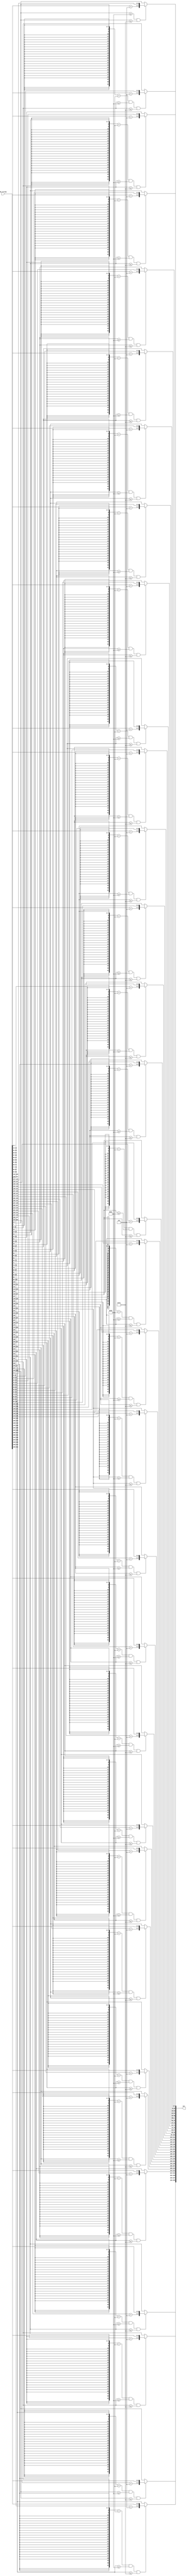
module CapitalizeString(
  input wire [255:0] my_string,
  output wire [255:0] out
);
  wire [7:0] my_string_unflattened[32];
  assign my_string_unflattened[0] = my_string[7:0];
  assign my_string_unflattened[1] = my_string[15:8];
  assign my_string_unflattened[2] = my_string[23:16];
  assign my_string_unflattened[3] = my_string[31:24];
  assign my_string_unflattened[4] = my_string[39:32];
  assign my_string_unflattened[5] = my_string[47:40];
  assign my_string_unflattened[6] = my_string[55:48];
  assign my_string_unflattened[7] = my_string[63:56];
  assign my_string_unflattened[8] = my_string[71:64];
  assign my_string_unflattened[9] = my_string[79:72];
  assign my_string_unflattened[10] = my_string[87:80];
  assign my_string_unflattened[11] = my_string[95:88];
  assign my_string_unflattened[12] = my_string[103:96];
  assign my_string_unflattened[13] = my_string[111:104];
  assign my_string_unflattened[14] = my_string[119:112];
  assign my_string_unflattened[15] = my_string[127:120];
  assign my_string_unflattened[16] = my_string[135:128];
  assign my_string_unflattened[17] = my_string[143:136];
  assign my_string_unflattened[18] = my_string[151:144];
  assign my_string_unflattened[19] = my_string[159:152];
  assign my_string_unflattened[20] = my_string[167:160];
  assign my_string_unflattened[21] = my_string[175:168];
  assign my_string_unflattened[22] = my_string[183:176];
  assign my_string_unflattened[23] = my_string[191:184];
  assign my_string_unflattened[24] = my_string[199:192];
  assign my_string_unflattened[25] = my_string[207:200];
  assign my_string_unflattened[26] = my_string[215:208];
  assign my_string_unflattened[27] = my_string[223:216];
  assign my_string_unflattened[28] = my_string[231:224];
  assign my_string_unflattened[29] = my_string[239:232];
  assign my_string_unflattened[30] = my_string[247:240];
  assign my_string_unflattened[31] = my_string[255:248];
  wire [7:0] array_index_3823;
  wire [7:0] array_index_3824;
  wire [7:0] array_index_3825;
  wire [7:0] array_index_3826;
  wire [7:0] array_index_3827;
  wire [7:0] array_index_3828;
  wire [7:0] array_index_3829;
  wire [7:0] array_index_3830;
  wire [7:0] array_index_3831;
  wire [7:0] array_index_3832;
  wire [7:0] array_index_3833;
  wire [7:0] array_index_3834;
  wire [7:0] array_index_3835;
  wire [7:0] array_index_3836;
  wire [7:0] array_index_3837;
  wire [7:0] array_index_3838;
  wire [7:0] array_index_3839;
  wire [7:0] array_index_3840;
  wire [7:0] array_index_3841;
  wire [7:0] array_index_3842;
  wire [7:0] array_index_3843;
  wire [7:0] array_index_3844;
  wire [7:0] array_index_3845;
  wire [7:0] array_index_3846;
  wire [7:0] array_index_3847;
  wire [7:0] array_index_3848;
  wire [7:0] array_index_3849;
  wire [7:0] array_index_3850;
  wire [7:0] array_index_3851;
  wire [7:0] array_index_3852;
  wire [7:0] array_index_3853;
  wire [7:0] array_index_3854;
  wire [31:0] sign_ext_3855;
  wire [31:0] sign_ext_3861;
  wire [31:0] sign_ext_3867;
  wire [31:0] sign_ext_3873;
  wire [31:0] sign_ext_3879;
  wire [31:0] sign_ext_3885;
  wire [31:0] sign_ext_3891;
  wire [31:0] sign_ext_3897;
  wire [31:0] sign_ext_3903;
  wire [31:0] sign_ext_3909;
  wire [31:0] sign_ext_3915;
  wire [31:0] sign_ext_3921;
  wire [31:0] sign_ext_3927;
  wire [31:0] sign_ext_3933;
  wire [31:0] sign_ext_3939;
  wire [31:0] sign_ext_3945;
  wire [31:0] sign_ext_3951;
  wire [31:0] sign_ext_3957;
  wire [31:0] sign_ext_3963;
  wire [31:0] sign_ext_3969;
  wire [31:0] sign_ext_3975;
  wire [31:0] sign_ext_3981;
  wire [31:0] sign_ext_3987;
  wire [31:0] sign_ext_3993;
  wire [31:0] sign_ext_3999;
  wire [31:0] sign_ext_4005;
  wire [31:0] sign_ext_4011;
  wire [31:0] sign_ext_4017;
  wire [31:0] sign_ext_4023;
  wire [31:0] sign_ext_4029;
  wire [31:0] sign_ext_4035;
  wire [31:0] sign_ext_4041;
  wire [2:0] add_4048;
  wire [2:0] add_4053;
  wire [2:0] add_4058;
  wire [2:0] add_4063;
  wire [2:0] add_4068;
  wire [2:0] add_4073;
  wire [2:0] add_4078;
  wire [2:0] add_4083;
  wire [2:0] add_4088;
  wire [2:0] add_4093;
  wire [2:0] add_4098;
  wire [2:0] add_4103;
  wire [2:0] add_4108;
  wire [2:0] add_4113;
  wire [2:0] add_4118;
  wire [2:0] add_4123;
  wire [2:0] add_4128;
  wire [2:0] add_4133;
  wire [2:0] add_4138;
  wire [2:0] add_4143;
  wire [2:0] add_4148;
  wire [2:0] add_4153;
  wire [2:0] add_4158;
  wire [2:0] add_4163;
  wire [2:0] add_4168;
  wire [2:0] add_4173;
  wire [2:0] add_4178;
  wire [2:0] add_4183;
  wire [2:0] add_4188;
  wire [2:0] add_4193;
  wire [2:0] add_4198;
  wire [2:0] add_4203;
  wire [7:0] array_4301[32];
  assign array_index_3823 = my_string_unflattened[32'h0000_0000];
  assign array_index_3824 = my_string_unflattened[32'h0000_0001];
  assign array_index_3825 = my_string_unflattened[32'h0000_0002];
  assign array_index_3826 = my_string_unflattened[32'h0000_0003];
  assign array_index_3827 = my_string_unflattened[32'h0000_0004];
  assign array_index_3828 = my_string_unflattened[32'h0000_0005];
  assign array_index_3829 = my_string_unflattened[32'h0000_0006];
  assign array_index_3830 = my_string_unflattened[32'h0000_0007];
  assign array_index_3831 = my_string_unflattened[32'h0000_0008];
  assign array_index_3832 = my_string_unflattened[32'h0000_0009];
  assign array_index_3833 = my_string_unflattened[32'h0000_000a];
  assign array_index_3834 = my_string_unflattened[32'h0000_000b];
  assign array_index_3835 = my_string_unflattened[32'h0000_000c];
  assign array_index_3836 = my_string_unflattened[32'h0000_000d];
  assign array_index_3837 = my_string_unflattened[32'h0000_000e];
  assign array_index_3838 = my_string_unflattened[32'h0000_000f];
  assign array_index_3839 = my_string_unflattened[32'h0000_0010];
  assign array_index_3840 = my_string_unflattened[32'h0000_0011];
  assign array_index_3841 = my_string_unflattened[32'h0000_0012];
  assign array_index_3842 = my_string_unflattened[32'h0000_0013];
  assign array_index_3843 = my_string_unflattened[32'h0000_0014];
  assign array_index_3844 = my_string_unflattened[32'h0000_0015];
  assign array_index_3845 = my_string_unflattened[32'h0000_0016];
  assign array_index_3846 = my_string_unflattened[32'h0000_0017];
  assign array_index_3847 = my_string_unflattened[32'h0000_0018];
  assign array_index_3848 = my_string_unflattened[32'h0000_0019];
  assign array_index_3849 = my_string_unflattened[32'h0000_001a];
  assign array_index_3850 = my_string_unflattened[32'h0000_001b];
  assign array_index_3851 = my_string_unflattened[32'h0000_001c];
  assign array_index_3852 = my_string_unflattened[32'h0000_001d];
  assign array_index_3853 = my_string_unflattened[32'h0000_001e];
  assign array_index_3854 = my_string_unflattened[32'h0000_001f];
  assign sign_ext_3855 = {{24{array_index_3823[7]}}, array_index_3823};
  assign sign_ext_3861 = {{24{array_index_3824[7]}}, array_index_3824};
  assign sign_ext_3867 = {{24{array_index_3825[7]}}, array_index_3825};
  assign sign_ext_3873 = {{24{array_index_3826[7]}}, array_index_3826};
  assign sign_ext_3879 = {{24{array_index_3827[7]}}, array_index_3827};
  assign sign_ext_3885 = {{24{array_index_3828[7]}}, array_index_3828};
  assign sign_ext_3891 = {{24{array_index_3829[7]}}, array_index_3829};
  assign sign_ext_3897 = {{24{array_index_3830[7]}}, array_index_3830};
  assign sign_ext_3903 = {{24{array_index_3831[7]}}, array_index_3831};
  assign sign_ext_3909 = {{24{array_index_3832[7]}}, array_index_3832};
  assign sign_ext_3915 = {{24{array_index_3833[7]}}, array_index_3833};
  assign sign_ext_3921 = {{24{array_index_3834[7]}}, array_index_3834};
  assign sign_ext_3927 = {{24{array_index_3835[7]}}, array_index_3835};
  assign sign_ext_3933 = {{24{array_index_3836[7]}}, array_index_3836};
  assign sign_ext_3939 = {{24{array_index_3837[7]}}, array_index_3837};
  assign sign_ext_3945 = {{24{array_index_3838[7]}}, array_index_3838};
  assign sign_ext_3951 = {{24{array_index_3839[7]}}, array_index_3839};
  assign sign_ext_3957 = {{24{array_index_3840[7]}}, array_index_3840};
  assign sign_ext_3963 = {{24{array_index_3841[7]}}, array_index_3841};
  assign sign_ext_3969 = {{24{array_index_3842[7]}}, array_index_3842};
  assign sign_ext_3975 = {{24{array_index_3843[7]}}, array_index_3843};
  assign sign_ext_3981 = {{24{array_index_3844[7]}}, array_index_3844};
  assign sign_ext_3987 = {{24{array_index_3845[7]}}, array_index_3845};
  assign sign_ext_3993 = {{24{array_index_3846[7]}}, array_index_3846};
  assign sign_ext_3999 = {{24{array_index_3847[7]}}, array_index_3847};
  assign sign_ext_4005 = {{24{array_index_3848[7]}}, array_index_3848};
  assign sign_ext_4011 = {{24{array_index_3849[7]}}, array_index_3849};
  assign sign_ext_4017 = {{24{array_index_3850[7]}}, array_index_3850};
  assign sign_ext_4023 = {{24{array_index_3851[7]}}, array_index_3851};
  assign sign_ext_4029 = {{24{array_index_3852[7]}}, array_index_3852};
  assign sign_ext_4035 = {{24{array_index_3853[7]}}, array_index_3853};
  assign sign_ext_4041 = {{24{array_index_3854[7]}}, array_index_3854};
  assign add_4048 = array_index_3823[7:5] + 3'h7;
  assign add_4053 = array_index_3824[7:5] + 3'h7;
  assign add_4058 = array_index_3825[7:5] + 3'h7;
  assign add_4063 = array_index_3826[7:5] + 3'h7;
  assign add_4068 = array_index_3827[7:5] + 3'h7;
  assign add_4073 = array_index_3828[7:5] + 3'h7;
  assign add_4078 = array_index_3829[7:5] + 3'h7;
  assign add_4083 = array_index_3830[7:5] + 3'h7;
  assign add_4088 = array_index_3831[7:5] + 3'h7;
  assign add_4093 = array_index_3832[7:5] + 3'h7;
  assign add_4098 = array_index_3833[7:5] + 3'h7;
  assign add_4103 = array_index_3834[7:5] + 3'h7;
  assign add_4108 = array_index_3835[7:5] + 3'h7;
  assign add_4113 = array_index_3836[7:5] + 3'h7;
  assign add_4118 = array_index_3837[7:5] + 3'h7;
  assign add_4123 = array_index_3838[7:5] + 3'h7;
  assign add_4128 = array_index_3839[7:5] + 3'h7;
  assign add_4133 = array_index_3840[7:5] + 3'h7;
  assign add_4138 = array_index_3841[7:5] + 3'h7;
  assign add_4143 = array_index_3842[7:5] + 3'h7;
  assign add_4148 = array_index_3843[7:5] + 3'h7;
  assign add_4153 = array_index_3844[7:5] + 3'h7;
  assign add_4158 = array_index_3845[7:5] + 3'h7;
  assign add_4163 = array_index_3846[7:5] + 3'h7;
  assign add_4168 = array_index_3847[7:5] + 3'h7;
  assign add_4173 = array_index_3848[7:5] + 3'h7;
  assign add_4178 = array_index_3849[7:5] + 3'h7;
  assign add_4183 = array_index_3850[7:5] + 3'h7;
  assign add_4188 = array_index_3851[7:5] + 3'h7;
  assign add_4193 = array_index_3852[7:5] + 3'h7;
  assign add_4198 = array_index_3853[7:5] + 3'h7;
  assign add_4203 = array_index_3854[7:5] + 3'h7;
  assign array_4301[0] = ($signed(sign_ext_3855) >= $signed(32'h0000_0061) & $signed(sign_ext_3855) <= $signed(32'h0000_007a)) == 1'h0 ? array_index_3823 : {add_4048, array_index_3823[4:0]};
  assign array_4301[1] = (sign_ext_3855 == 32'h0000_0020 & $signed(sign_ext_3861) >= $signed(32'h0000_0061) & $signed(sign_ext_3861) <= $signed(32'h0000_007a)) == 1'h0 ? array_index_3824 : {add_4053, array_index_3824[4:0]};
  assign array_4301[2] = (sign_ext_3861 == 32'h0000_0020 & $signed(sign_ext_3867) >= $signed(32'h0000_0061) & $signed(sign_ext_3867) <= $signed(32'h0000_007a)) == 1'h0 ? array_index_3825 : {add_4058, array_index_3825[4:0]};
  assign array_4301[3] = (sign_ext_3867 == 32'h0000_0020 & $signed(sign_ext_3873) >= $signed(32'h0000_0061) & $signed(sign_ext_3873) <= $signed(32'h0000_007a)) == 1'h0 ? array_index_3826 : {add_4063, array_index_3826[4:0]};
  assign array_4301[4] = (sign_ext_3873 == 32'h0000_0020 & $signed(sign_ext_3879) >= $signed(32'h0000_0061) & $signed(sign_ext_3879) <= $signed(32'h0000_007a)) == 1'h0 ? array_index_3827 : {add_4068, array_index_3827[4:0]};
  assign array_4301[5] = (sign_ext_3879 == 32'h0000_0020 & $signed(sign_ext_3885) >= $signed(32'h0000_0061) & $signed(sign_ext_3885) <= $signed(32'h0000_007a)) == 1'h0 ? array_index_3828 : {add_4073, array_index_3828[4:0]};
  assign array_4301[6] = (sign_ext_3885 == 32'h0000_0020 & $signed(sign_ext_3891) >= $signed(32'h0000_0061) & $signed(sign_ext_3891) <= $signed(32'h0000_007a)) == 1'h0 ? array_index_3829 : {add_4078, array_index_3829[4:0]};
  assign array_4301[7] = (sign_ext_3891 == 32'h0000_0020 & $signed(sign_ext_3897) >= $signed(32'h0000_0061) & $signed(sign_ext_3897) <= $signed(32'h0000_007a)) == 1'h0 ? array_index_3830 : {add_4083, array_index_3830[4:0]};
  assign array_4301[8] = (sign_ext_3897 == 32'h0000_0020 & $signed(sign_ext_3903) >= $signed(32'h0000_0061) & $signed(sign_ext_3903) <= $signed(32'h0000_007a)) == 1'h0 ? array_index_3831 : {add_4088, array_index_3831[4:0]};
  assign array_4301[9] = (sign_ext_3903 == 32'h0000_0020 & $signed(sign_ext_3909) >= $signed(32'h0000_0061) & $signed(sign_ext_3909) <= $signed(32'h0000_007a)) == 1'h0 ? array_index_3832 : {add_4093, array_index_3832[4:0]};
  assign array_4301[10] = (sign_ext_3909 == 32'h0000_0020 & $signed(sign_ext_3915) >= $signed(32'h0000_0061) & $signed(sign_ext_3915) <= $signed(32'h0000_007a)) == 1'h0 ? array_index_3833 : {add_4098, array_index_3833[4:0]};
  assign array_4301[11] = (sign_ext_3915 == 32'h0000_0020 & $signed(sign_ext_3921) >= $signed(32'h0000_0061) & $signed(sign_ext_3921) <= $signed(32'h0000_007a)) == 1'h0 ? array_index_3834 : {add_4103, array_index_3834[4:0]};
  assign array_4301[12] = (sign_ext_3921 == 32'h0000_0020 & $signed(sign_ext_3927) >= $signed(32'h0000_0061) & $signed(sign_ext_3927) <= $signed(32'h0000_007a)) == 1'h0 ? array_index_3835 : {add_4108, array_index_3835[4:0]};
  assign array_4301[13] = (sign_ext_3927 == 32'h0000_0020 & $signed(sign_ext_3933) >= $signed(32'h0000_0061) & $signed(sign_ext_3933) <= $signed(32'h0000_007a)) == 1'h0 ? array_index_3836 : {add_4113, array_index_3836[4:0]};
  assign array_4301[14] = (sign_ext_3933 == 32'h0000_0020 & $signed(sign_ext_3939) >= $signed(32'h0000_0061) & $signed(sign_ext_3939) <= $signed(32'h0000_007a)) == 1'h0 ? array_index_3837 : {add_4118, array_index_3837[4:0]};
  assign array_4301[15] = (sign_ext_3939 == 32'h0000_0020 & $signed(sign_ext_3945) >= $signed(32'h0000_0061) & $signed(sign_ext_3945) <= $signed(32'h0000_007a)) == 1'h0 ? array_index_3838 : {add_4123, array_index_3838[4:0]};
  assign array_4301[16] = (sign_ext_3945 == 32'h0000_0020 & $signed(sign_ext_3951) >= $signed(32'h0000_0061) & $signed(sign_ext_3951) <= $signed(32'h0000_007a)) == 1'h0 ? array_index_3839 : {add_4128, array_index_3839[4:0]};
  assign array_4301[17] = (sign_ext_3951 == 32'h0000_0020 & $signed(sign_ext_3957) >= $signed(32'h0000_0061) & $signed(sign_ext_3957) <= $signed(32'h0000_007a)) == 1'h0 ? array_index_3840 : {add_4133, array_index_3840[4:0]};
  assign array_4301[18] = (sign_ext_3957 == 32'h0000_0020 & $signed(sign_ext_3963) >= $signed(32'h0000_0061) & $signed(sign_ext_3963) <= $signed(32'h0000_007a)) == 1'h0 ? array_index_3841 : {add_4138, array_index_3841[4:0]};
  assign array_4301[19] = (sign_ext_3963 == 32'h0000_0020 & $signed(sign_ext_3969) >= $signed(32'h0000_0061) & $signed(sign_ext_3969) <= $signed(32'h0000_007a)) == 1'h0 ? array_index_3842 : {add_4143, array_index_3842[4:0]};
  assign array_4301[20] = (sign_ext_3969 == 32'h0000_0020 & $signed(sign_ext_3975) >= $signed(32'h0000_0061) & $signed(sign_ext_3975) <= $signed(32'h0000_007a)) == 1'h0 ? array_index_3843 : {add_4148, array_index_3843[4:0]};
  assign array_4301[21] = (sign_ext_3975 == 32'h0000_0020 & $signed(sign_ext_3981) >= $signed(32'h0000_0061) & $signed(sign_ext_3981) <= $signed(32'h0000_007a)) == 1'h0 ? array_index_3844 : {add_4153, array_index_3844[4:0]};
  assign array_4301[22] = (sign_ext_3981 == 32'h0000_0020 & $signed(sign_ext_3987) >= $signed(32'h0000_0061) & $signed(sign_ext_3987) <= $signed(32'h0000_007a)) == 1'h0 ? array_index_3845 : {add_4158, array_index_3845[4:0]};
  assign array_4301[23] = (sign_ext_3987 == 32'h0000_0020 & $signed(sign_ext_3993) >= $signed(32'h0000_0061) & $signed(sign_ext_3993) <= $signed(32'h0000_007a)) == 1'h0 ? array_index_3846 : {add_4163, array_index_3846[4:0]};
  assign array_4301[24] = (sign_ext_3993 == 32'h0000_0020 & $signed(sign_ext_3999) >= $signed(32'h0000_0061) & $signed(sign_ext_3999) <= $signed(32'h0000_007a)) == 1'h0 ? array_index_3847 : {add_4168, array_index_3847[4:0]};
  assign array_4301[25] = (sign_ext_3999 == 32'h0000_0020 & $signed(sign_ext_4005) >= $signed(32'h0000_0061) & $signed(sign_ext_4005) <= $signed(32'h0000_007a)) == 1'h0 ? array_index_3848 : {add_4173, array_index_3848[4:0]};
  assign array_4301[26] = (sign_ext_4005 == 32'h0000_0020 & $signed(sign_ext_4011) >= $signed(32'h0000_0061) & $signed(sign_ext_4011) <= $signed(32'h0000_007a)) == 1'h0 ? array_index_3849 : {add_4178, array_index_3849[4:0]};
  assign array_4301[27] = (sign_ext_4011 == 32'h0000_0020 & $signed(sign_ext_4017) >= $signed(32'h0000_0061) & $signed(sign_ext_4017) <= $signed(32'h0000_007a)) == 1'h0 ? array_index_3850 : {add_4183, array_index_3850[4:0]};
  assign array_4301[28] = (sign_ext_4017 == 32'h0000_0020 & $signed(sign_ext_4023) >= $signed(32'h0000_0061) & $signed(sign_ext_4023) <= $signed(32'h0000_007a)) == 1'h0 ? array_index_3851 : {add_4188, array_index_3851[4:0]};
  assign array_4301[29] = (sign_ext_4023 == 32'h0000_0020 & $signed(sign_ext_4029) >= $signed(32'h0000_0061) & $signed(sign_ext_4029) <= $signed(32'h0000_007a)) == 1'h0 ? array_index_3852 : {add_4193, array_index_3852[4:0]};
  assign array_4301[30] = (sign_ext_4029 == 32'h0000_0020 & $signed(sign_ext_4035) >= $signed(32'h0000_0061) & $signed(sign_ext_4035) <= $signed(32'h0000_007a)) == 1'h0 ? array_index_3853 : {add_4198, array_index_3853[4:0]};
  assign array_4301[31] = (sign_ext_4035 == 32'h0000_0020 & $signed(sign_ext_4041) >= $signed(32'h0000_0061) & $signed(sign_ext_4041) <= $signed(32'h0000_007a)) == 1'h0 ? array_index_3854 : {add_4203, array_index_3854[4:0]};
  assign out = {array_4301[31], array_4301[30], array_4301[29], array_4301[28], array_4301[27], array_4301[26], array_4301[25], array_4301[24], array_4301[23], array_4301[22], array_4301[21], array_4301[20], array_4301[19], array_4301[18], array_4301[17], array_4301[16], array_4301[15], array_4301[14], array_4301[13], array_4301[12], array_4301[11], array_4301[10], array_4301[9], array_4301[8], array_4301[7], array_4301[6], array_4301[5], array_4301[4], array_4301[3], array_4301[2], array_4301[1], array_4301[0]};
endmodule